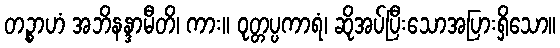
တဉ္စာဟံ အဘိနန္ဒာမီတိ၊ ကား။ ဝုတ္တပ္ပကာရံ၊ ဆိုအပ်ပြီးသောအပြားရှိသော။